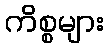
ကိစ္စများ